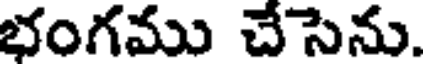
భంగము చేసెను.